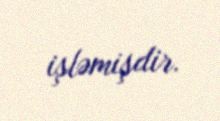
işləmişdir.